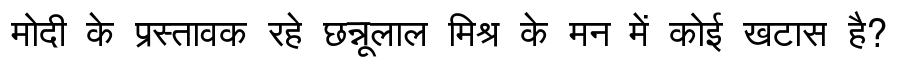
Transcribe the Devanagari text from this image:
मोदी के प्रस्तावक रहे छन्नूलाल मिश्र के मन में कोई खटास है?